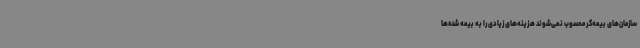
سازمان‌های بیمه‌گر محسوب نمی‌شوند هزینه‌های زیادی را به بیمه شده‌ها